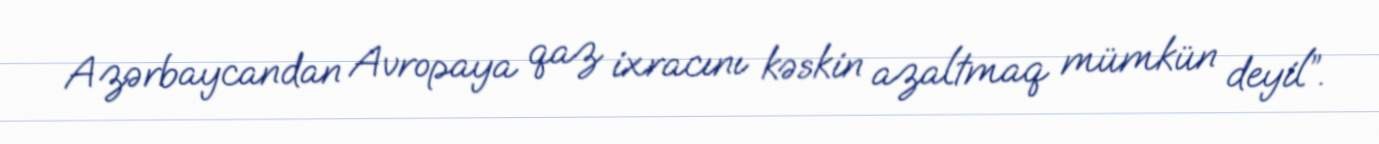
Azərbaycandan Avropaya qaz ixracını kəskin azaltmaq mümkün deyil”.